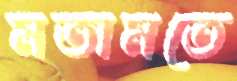
মতামতে